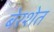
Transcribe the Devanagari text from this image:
बेरशेत